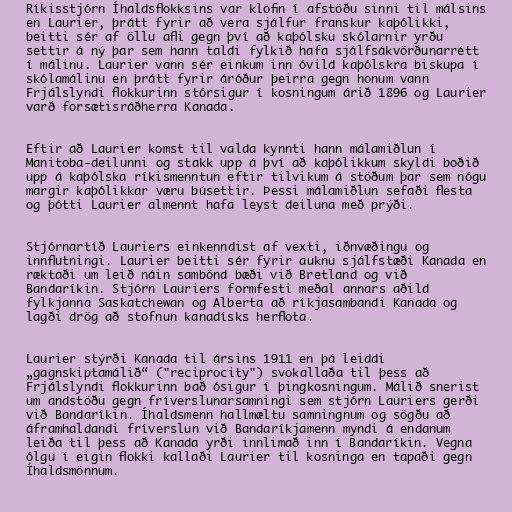
Ríkisstjórn Íhaldsflokksins var klofin í afstöðu sinni til málsins
en Laurier, þrátt fyrir að vera sjálfur franskur kaþólikki,
beitti sér af öllu afli gegn því að kaþólsku skólarnir yrðu
settir á ný þar sem hann taldi fylkið hafa sjálfsákvörðunarrétt
í málinu. Laurier vann sér einkum inn óvild kaþólskra biskupa í
skólamálinu en þrátt fyrir áróður þeirra gegn honum vann
Frjálslyndi flokkurinn stórsigur í kosningum árið 1896 og Laurier
varð forsætisráðherra Kanada.

Eftir að Laurier komst til valda kynnti hann málamiðlun í
Manitoba-deilunni og stakk upp á því að kaþólikkum skyldi boðið
upp á kaþólska ríkismenntun eftir tilvikum á stöðum þar sem nógu
margir kaþólikkar væru búsettir. Þessi málamiðlun sefaði flesta
og þótti Laurier almennt hafa leyst deiluna með prýði.

Stjórnartíð Lauriers einkenndist af vexti, iðnvæðingu og
innflutningi. Laurier beitti sér fyrir auknu sjálfstæði Kanada en
ræktaði um leið náin sambönd bæði við Bretland og við
Bandaríkin. Stjórn Lauriers formfesti meðal annars aðild
fylkjanna Saskatchewan og Alberta að ríkjasambandi Kanada og
lagði drög að stofnun kanadísks herflota.

Laurier stýrði Kanada til ársins 1911 en þá leiddi
„gagnskiptamálið“ ("reciprocity") svokallaða til þess að
Frjálslyndi flokkurinn bað ósigur í þingkosningum. Málið snerist
um andstöðu gegn fríverslunarsamningi sem stjórn Lauriers gerði
við Bandaríkin. Íhaldsmenn hallmæltu samningnum og sögðu að
áframhaldandi fríverslun við Bandaríkjamenn myndi á endanum
leiða til þess að Kanada yrði innlimað inn í Bandaríkin. Vegna
ólgu í eigin flokki kallaði Laurier til kosninga en tapaði gegn
Íhaldsmönnum.